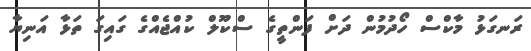
ރަނގަޅު މާކްސް ހޯދުމުން ދަށް ފަންތީގެ ސްކޫލް ކުއްޖެއްގެ ގައިގަ ތަޅާ އަނިޔާ